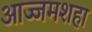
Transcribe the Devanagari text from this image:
आज्जमशहा